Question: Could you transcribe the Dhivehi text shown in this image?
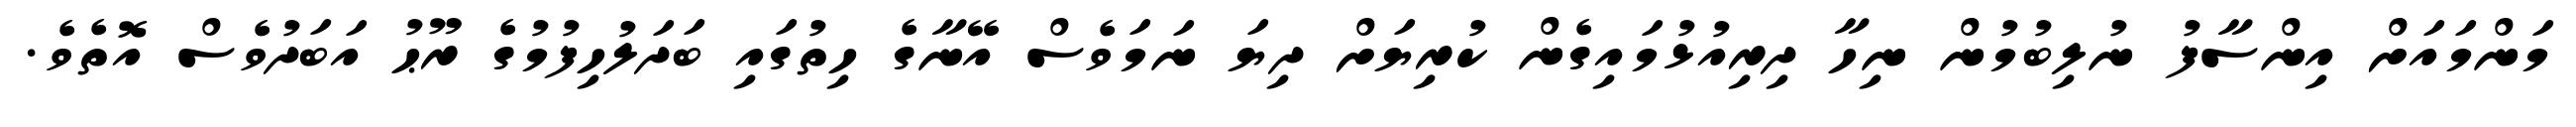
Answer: މަންމައަށް އިންސާފު ނުލިބުމުން ނިހާ ދިރިއުޅުމައިގެން ކުރިޔަށް ދިޔަ ނަމަވެސް އޭނާގެ ހިތުގައި ބަދަލުހިފުމުގެ ރޫޙު އަބަދުވެސް އޮތެވެ.